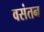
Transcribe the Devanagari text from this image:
वसंतन